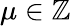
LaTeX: \mu\in\mathbb{Z}